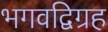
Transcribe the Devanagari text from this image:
भगवद्विग्रह